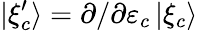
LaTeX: |\xi_{c}^{\prime}\rangle=\partial/\partial\varepsilon_{c}\, |\xi_{c}\rangle